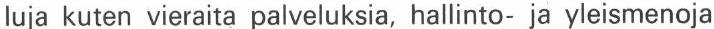
luja kuten vieraita palveluksia, hallinto- ja yleismenoja